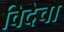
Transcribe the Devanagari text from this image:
विदेचा